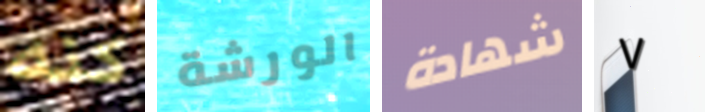
كنه الورشة شهادة ٧